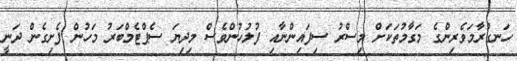
ހަނގުރާމަވެރިންގެ މަގާމުތަކަށް މިސްރު ސިފައިންނާއި ފުލުހުންވެސް މިދިޔަ ސެޕްޓެމްބަރު މަހުން ފެށިގެން ދަނީ